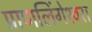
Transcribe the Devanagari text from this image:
प्राणलिंगेश्‍वरा